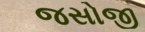
જસોજી